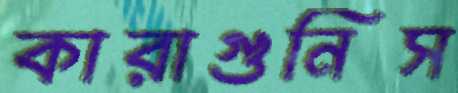
কারাগুনিস